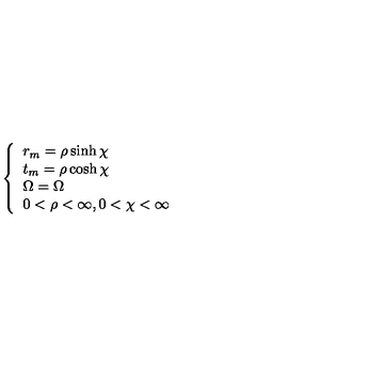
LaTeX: \left\{ \begin{array} { l l l } { r _ { m } = \rho \sinh \chi } & { } \\ { t _ { m } = \rho \cosh \chi } & { } \\ { \Omega = \Omega } & { } \\ { 0 < \rho < \infty , 0 < \chi < \infty } \\ \end{array} \right.